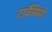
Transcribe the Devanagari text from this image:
टार्वेसियो